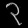
Digit: ၃